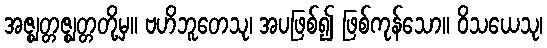
အဇ္ဈတ္တဇ္ဈတ္တတို့မှ။ ဗဟိဘူတေသု၊ အပဖြစ်၍ ဖြစ်ကုန်သော။ ဝိသယေသု၊